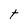
Character: t